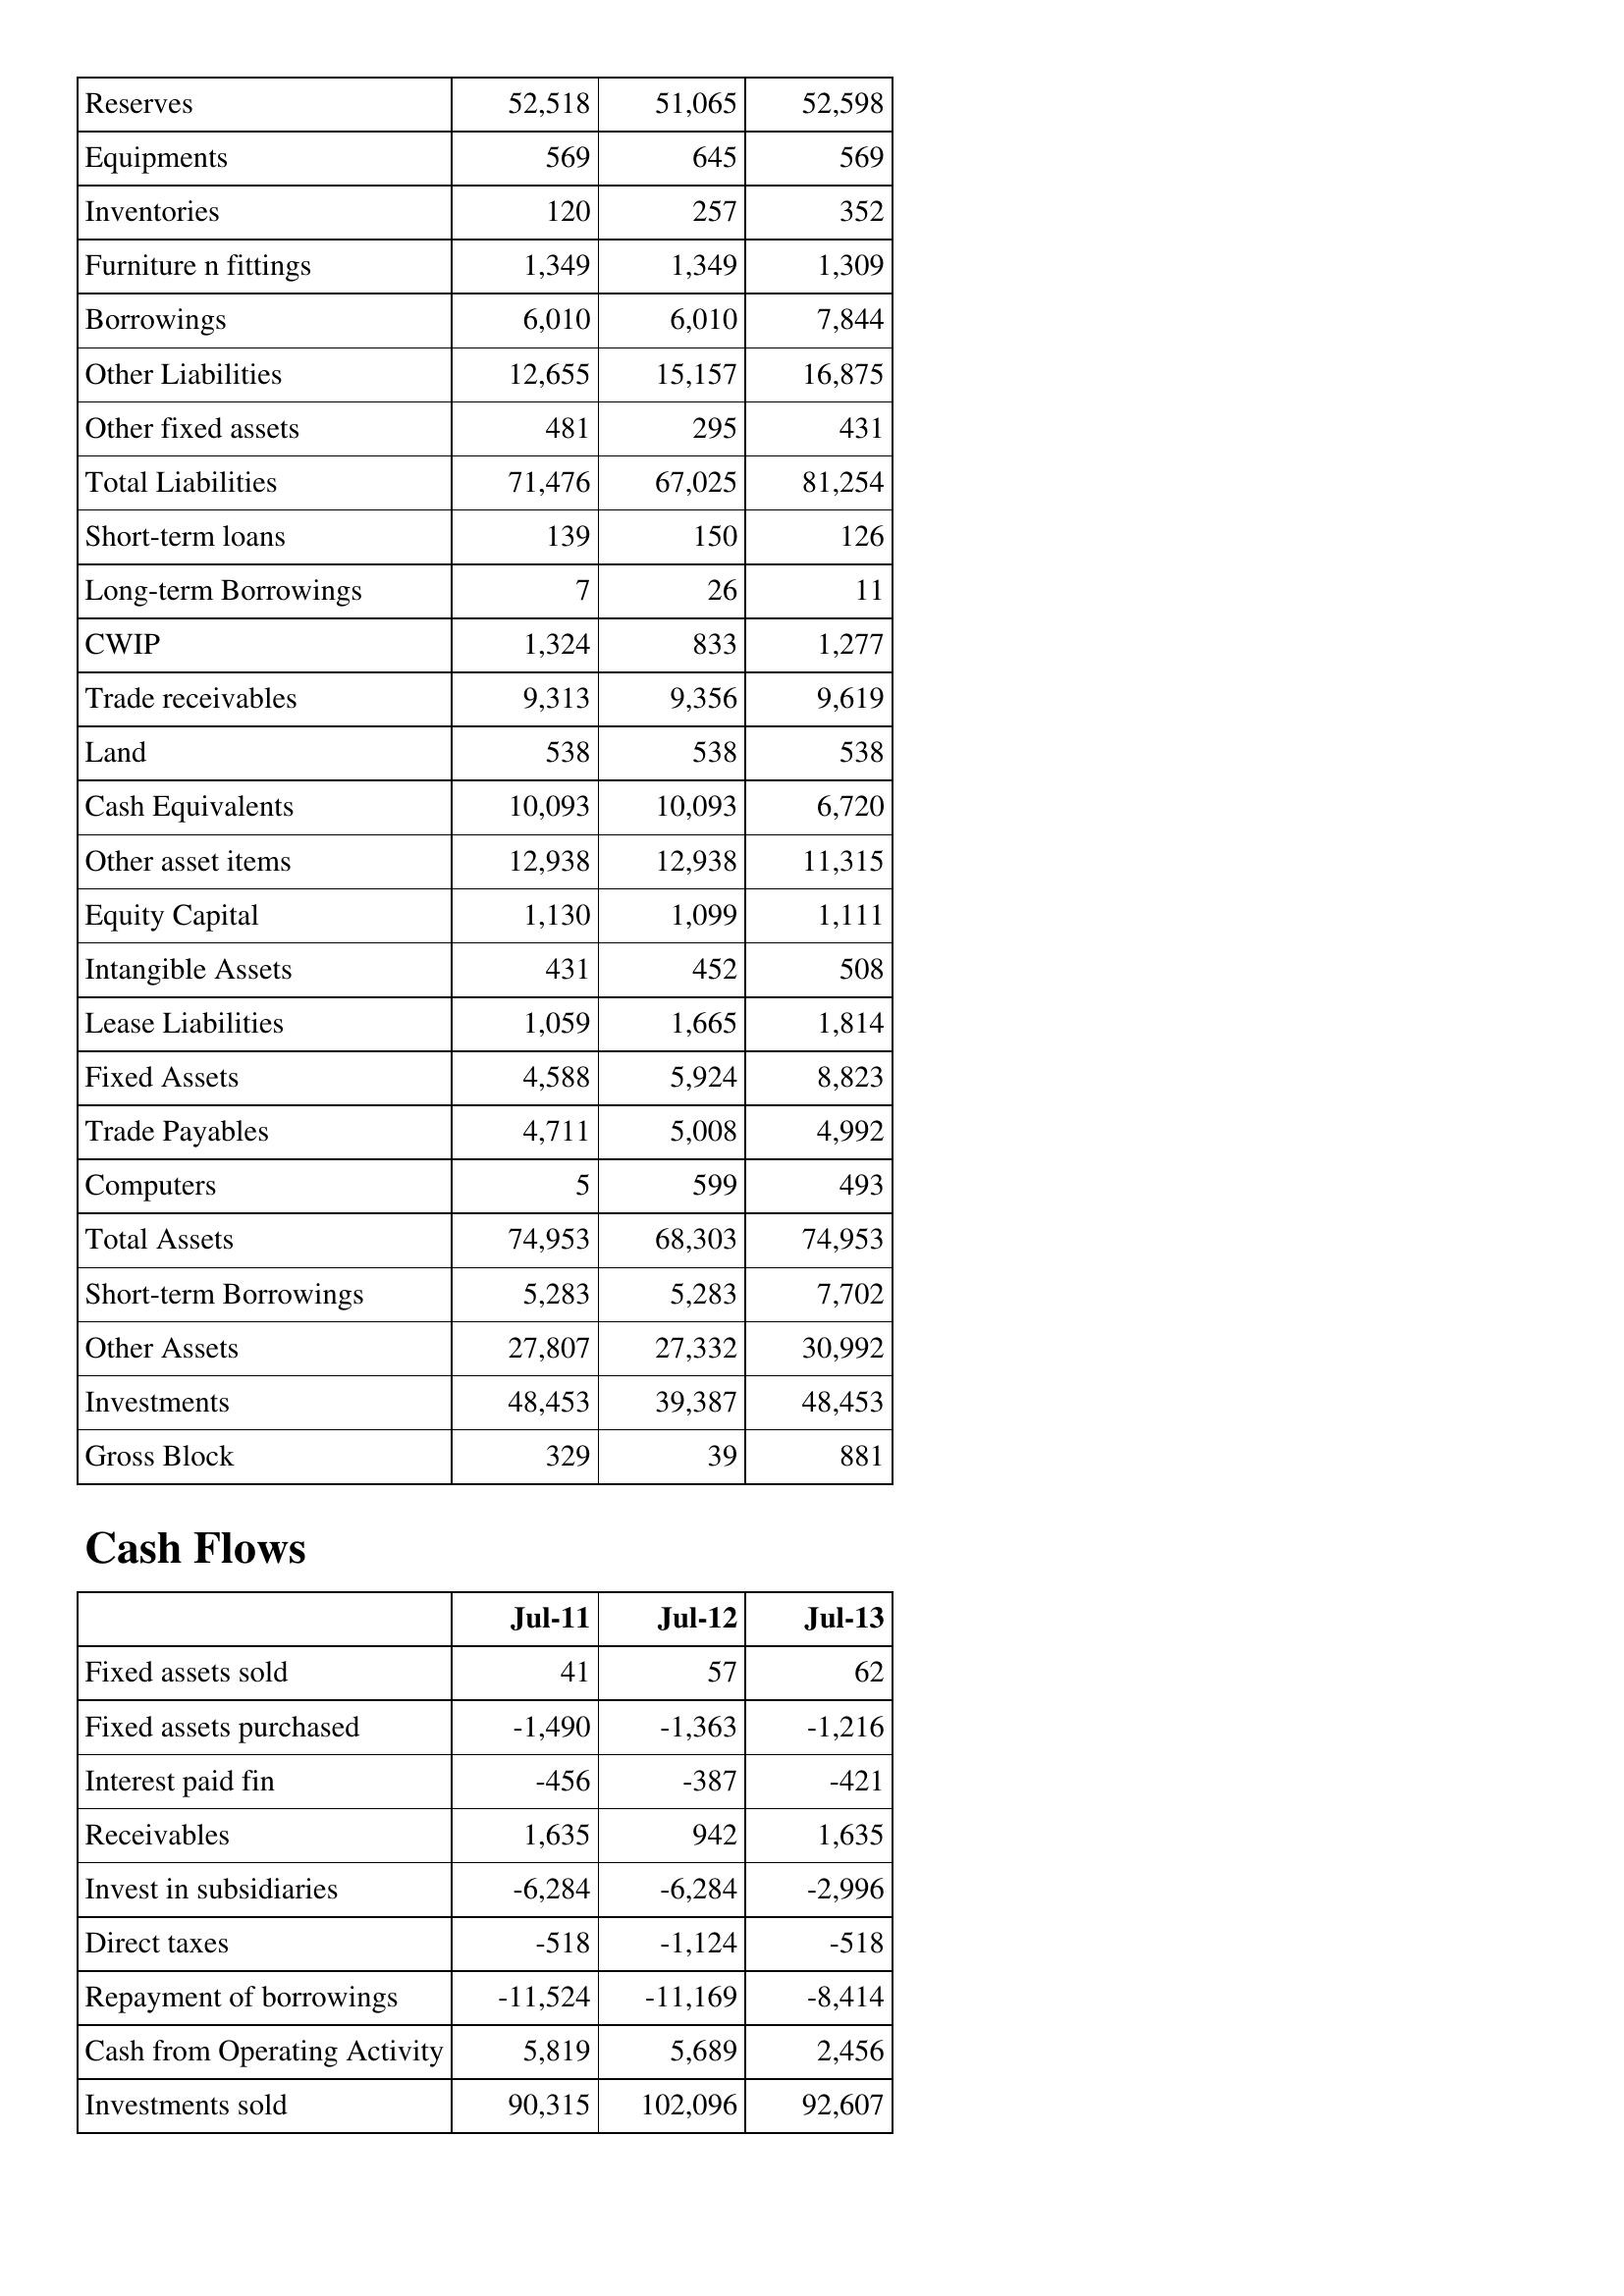
Jul-11: Balance Sheet: Reserves: 52,518
Equipments: 569
Inventories: 120
Furniture n fittings: 1,349
Borrowings: 6,010
Other Liabilities: 12,655
Other fixed assets: 481
Total Liabilities: 71,476
Short-term loans: 139
Long-term Borrowings: 7
CWIP: 1,324
Trade receivables: 9,313
Land: 538
Cash Equivalents: 10,093
Other asset items: 12,938
Equity Capital: 1,130
Intangible Assets: 431
Lease Liabilities: 1,059
Fixed Assets: 4,588
Trade Payables: 4,711
Computers: 5
Total Assets: 74,953
Short-term Borrowings: 5,283
Other Assets: 27,807
Investments: 48,453
Gross Block: 329
Cash Flows: Fixed assets sold: 41
Fixed assets purchased: -1,490
Interest paid fin: -456
Receivables: 1,635
Invest in subsidiaries: -6,284
Direct taxes: -518
Repayment of borrowings: -11,524
Cash from Operating Activity: 5,819
Investments sold: 90,315
Jul-12: Balance Sheet: Reserves: 51,065
Equipments: 645
Inventories: 257
Furniture n fittings: 1,349
Borrowings: 6,010
Other Liabilities: 15,157
Other fixed assets: 295
Total Liabilities: 67,025
Short-term loans: 150
Long-term Borrowings: 26
CWIP: 833
Trade receivables: 9,356
Land: 538
Cash Equivalents: 10,093
Other asset items: 12,938
Equity Capital: 1,099
Intangible Assets: 452
Lease Liabilities: 1,665
Fixed Assets: 5,924
Trade Payables: 5,008
Computers: 599
Total Assets: 68,303
Short-term Borrowings: 5,283
Other Assets: 27,332
Investments: 39,387
Gross Block: 39
Cash Flows: Fixed assets sold: 57
Fixed assets purchased: -1,363
Interest paid fin: -387
Receivables: 942
Invest in subsidiaries: -6,284
Direct taxes: -1,124
Repayment of borrowings: -11,169
Cash from Operating Activity: 5,689
Investments sold: 102,096
Jul-13: Balance Sheet: Reserves: 52,598
Equipments: 569
Inventories: 352
Furniture n fittings: 1,309
Borrowings: 7,844
Other Liabilities: 16,875
Other fixed assets: 431
Total Liabilities: 81,254
Short-term loans: 126
Long-term Borrowings: 11
CWIP: 1,277
Trade receivables: 9,619
Land: 538
Cash Equivalents: 6,720
Other asset items: 11,315
Equity Capital: 1,111
Intangible Assets: 508
Lease Liabilities: 1,814
Fixed Assets: 8,823
Trade Payables: 4,992
Computers: 493
Total Assets: 74,953
Short-term Borrowings: 7,702
Other Assets: 30,992
Investments: 48,453
Gross Block: 881
Cash Flows: Fixed assets sold: 62
Fixed assets purchased: -1,216
Interest paid fin: -421
Receivables: 1,635
Invest in subsidiaries: -2,996
Direct taxes: -518
Repayment of borrowings: -8,414
Cash from Operating Activity: 2,456
Investments sold: 92,607